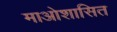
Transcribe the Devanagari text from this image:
माओशासित